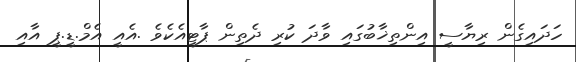
ހަދައިގެން ރިޔާސީ އިންތިޚާބުގައި ވާދަ ކުރި ދެތިން ޕާޓީއެކެވެ .އެއީ އެމް.ޑީ.ޕީ އާއި